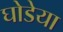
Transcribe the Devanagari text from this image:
घोडेया